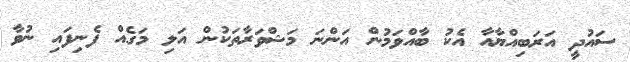
ސައުދީ އަރަބިއްޔާއާ އެކު ބާއްވަމުން އަންނަ މަޝްވަރާތަކުން އަލި މަގެއް ފެނިފައި ނުވާ